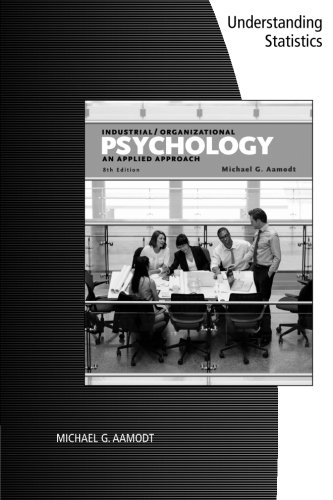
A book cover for I/O STATS Primer Industrial/Organizational Psychology; Michael Aamodt; Health, Fitness & Dieting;